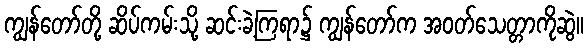
ကျွန်တော်တို့ ဆိပ်ကမ်းသို့ ဆင်းခဲ့ကြရာ၌ ကျွန်တော်က အဝတ်သေတ္တာကိုဆွဲ။